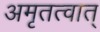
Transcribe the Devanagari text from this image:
अमृतत्वात्